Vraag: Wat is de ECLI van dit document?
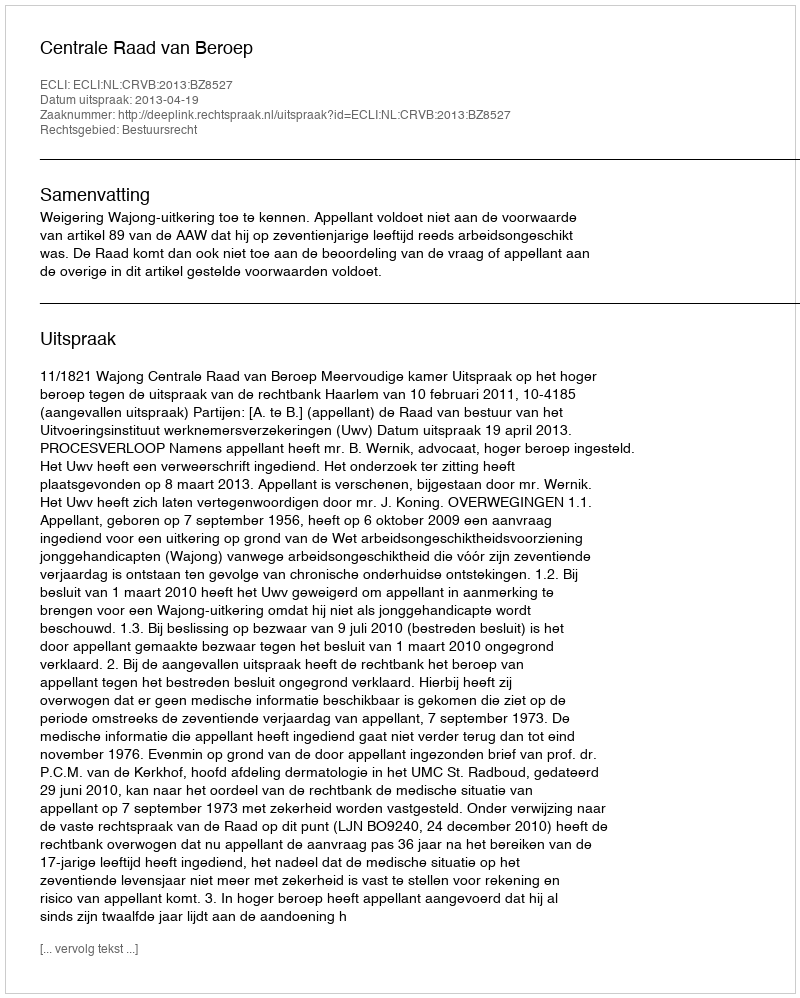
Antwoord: ECLI:NL:CRVB:2013:BZ8527